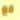
مع